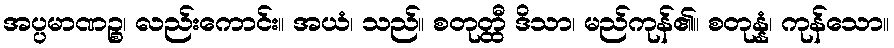
အပ္ပမာဏဉ္စ၊ လည်းကောင်း။ အယံ၊ သည်။ စတုတ္ထီ ဒိသာ၊ မည်ကုန်၏။ စတုန္နံ၊ ကုန်သော။